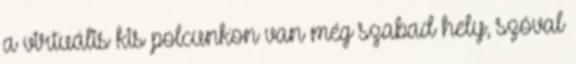
a virtuális kis polcunkon van még szabad hely, szóval